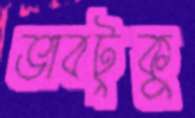
ভাবটুকু